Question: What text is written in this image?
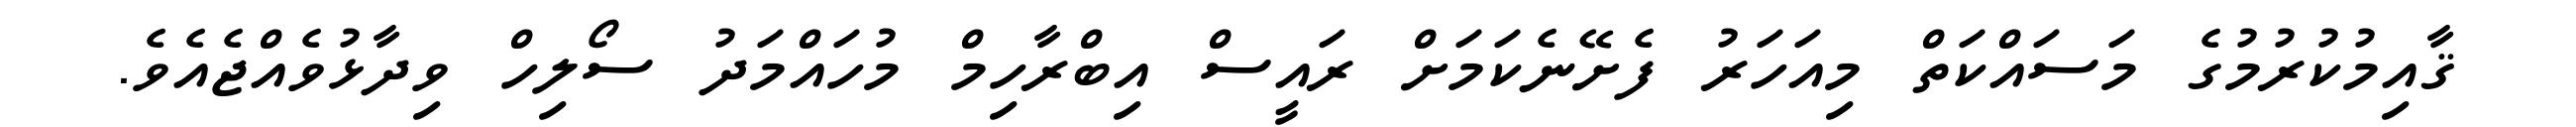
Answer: ޤާއިމުކުރުމުގެ މަސައްކަތް މިއަހަރު ފެށޭނެކަމަށް ރައީސް އިބްރާހިމް މުހައްމަދު ސޯލިހް ވިދާޅުވެއްޖެއެވެ.